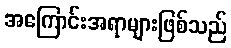
အကြောင်းအရာများဖြစ်သည်